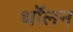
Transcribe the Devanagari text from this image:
थॉलन